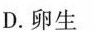
D.卵生